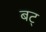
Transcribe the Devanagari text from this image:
बट्